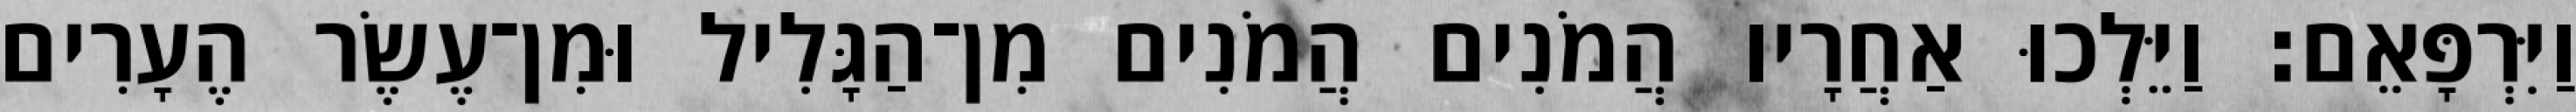
וַיִּרְפָּאֵם׃ וַיֵּלְכוּ אַחֲרָיו הֲמֹנִים הֲמֹנִים מִן־הַגָּלִיל וּמִן־עֶשֶׂר הֶעָרִים